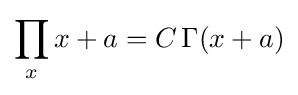
\prod _{x}x+a=C\,\Gamma (x+a)